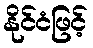
နိုင်ငံဖြင့်